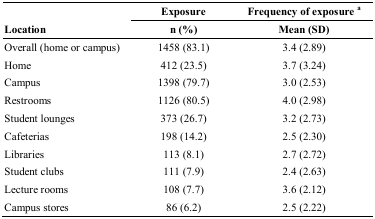
<table><thead><tr><td></td><td><b>Exposure</b></td><td><b>Frequency of exposure <sup>a</sup></b></td></tr><tr><td><b>Location</b></td><td><b>n (%)</b></td><td><b>Mean (SD)</b></td></tr></thead><tbody><tr><td>Overall (home or campus)</td><td>1458 (83.1)</td><td>3.4 (2.89)</td></tr><tr><td>Home</td><td>412 (23.5)</td><td>3.7 (3.24)</td></tr><tr><td>Campus</td><td>1398 (79.7)</td><td>3.0 (2.53)</td></tr><tr><td>Restrooms</td><td>1126 (80.5)</td><td>4.0 (2.98)</td></tr><tr><td>Student lounges</td><td>373 (26.7)</td><td>3.2 (2.73)</td></tr><tr><td>Cafeterias</td><td>198 (14.2)</td><td>2.5 (2.30)</td></tr><tr><td>Libraries</td><td>113 (8.1)</td><td>2.7 (2.72)</td></tr><tr><td>Student clubs</td><td>111 (7.9)</td><td>2.4 (2.63)</td></tr><tr><td>Lecture rooms</td><td>108 (7.7)</td><td>3.6 (2.12)</td></tr><tr><td>Campus stores</td><td>86 (6.2)</td><td>2.5 (2.22)</td></tr></tbody></table>